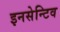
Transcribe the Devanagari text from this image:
इनसेन्टिव